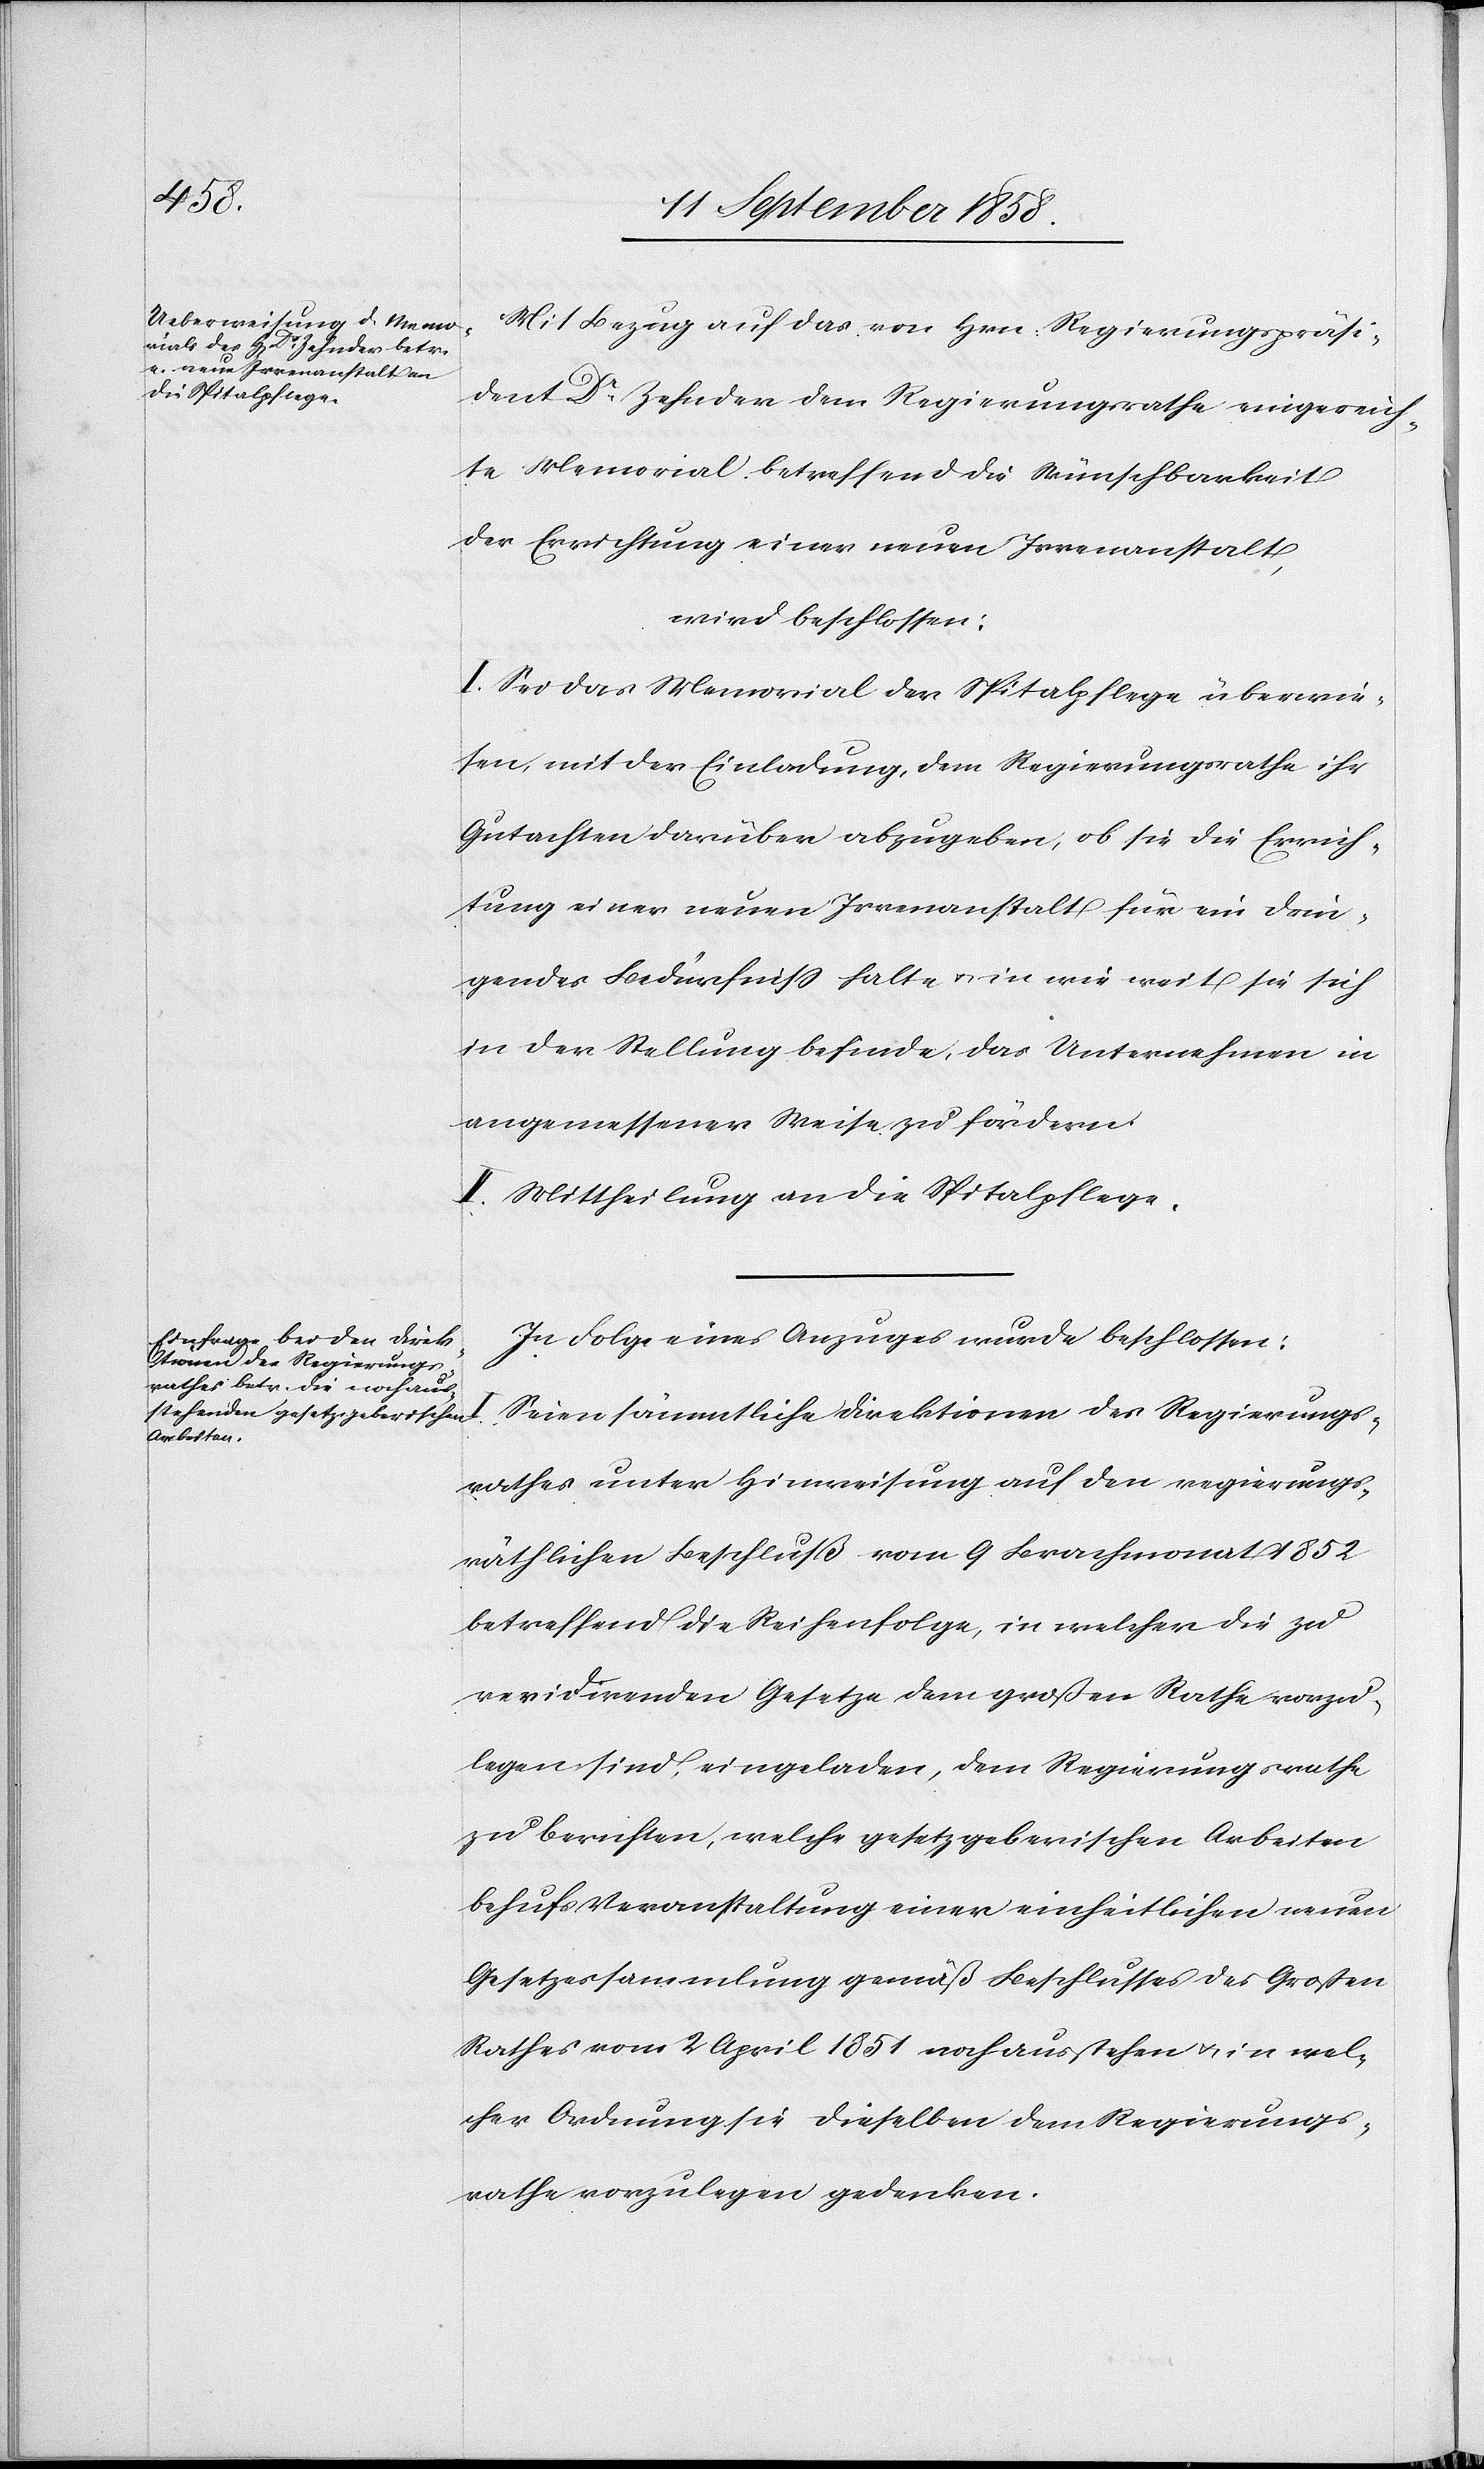
Mit Bezug auf das von Hrn. Regierungspräsi¬
dent Dr Zehnder dem Regierungsrathe eingereich¬
te Memorial betreffend die Wünschbarkeit
der Errichtung einer neuen Irrenanstalt,
wird beschlossen:
I. Sei das Memorial der Spitalpflege überwie¬
sen, mit der Einladung, dem Regierungsrathe ihr
Gutachten darüber abzugeben, ob sie die Errich¬
tung einer neuen Irrenanstalt für ein drin¬
gendes Bedürfniss halte & in wie weit sie sich
in der Stellung befinde, das Unternehmen in
angemessener Weise zu fördern.
II. Mittheilung an die Spitalpflege.
In Folge eines Anzuges wurde beschlossen:
Seien sämmtliche Direktionen des Regierungs¬
rathes unter Hinweisung auf den regierungs¬
räthlichen Beschluß vom 9 Brachmonat 1852
betreffend die Reihenfolge, in welcher die zu
revidirenden Gesetze dem großen Rathe vorzu¬
legen sind, eingeladen, dem Regierungsrathe
zu berichten, welche gesetzgeberischen Arbeiten
behufs Veranstaltung einer einheitlichen neuen
Gesetzessammlung gemäß Beschlusses des Großen
Rathes vom 2 April 1851 noch ausstehen & in wel¬
cher Ordnung sie dieselben dem Regierungs¬
rathe vorzulegen gedenken.